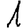
Digit: 1